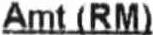
AMT (RM)